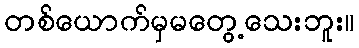
တစ်ယောက်မှမတွေ့သေးဘူး။